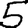
Digit: 5